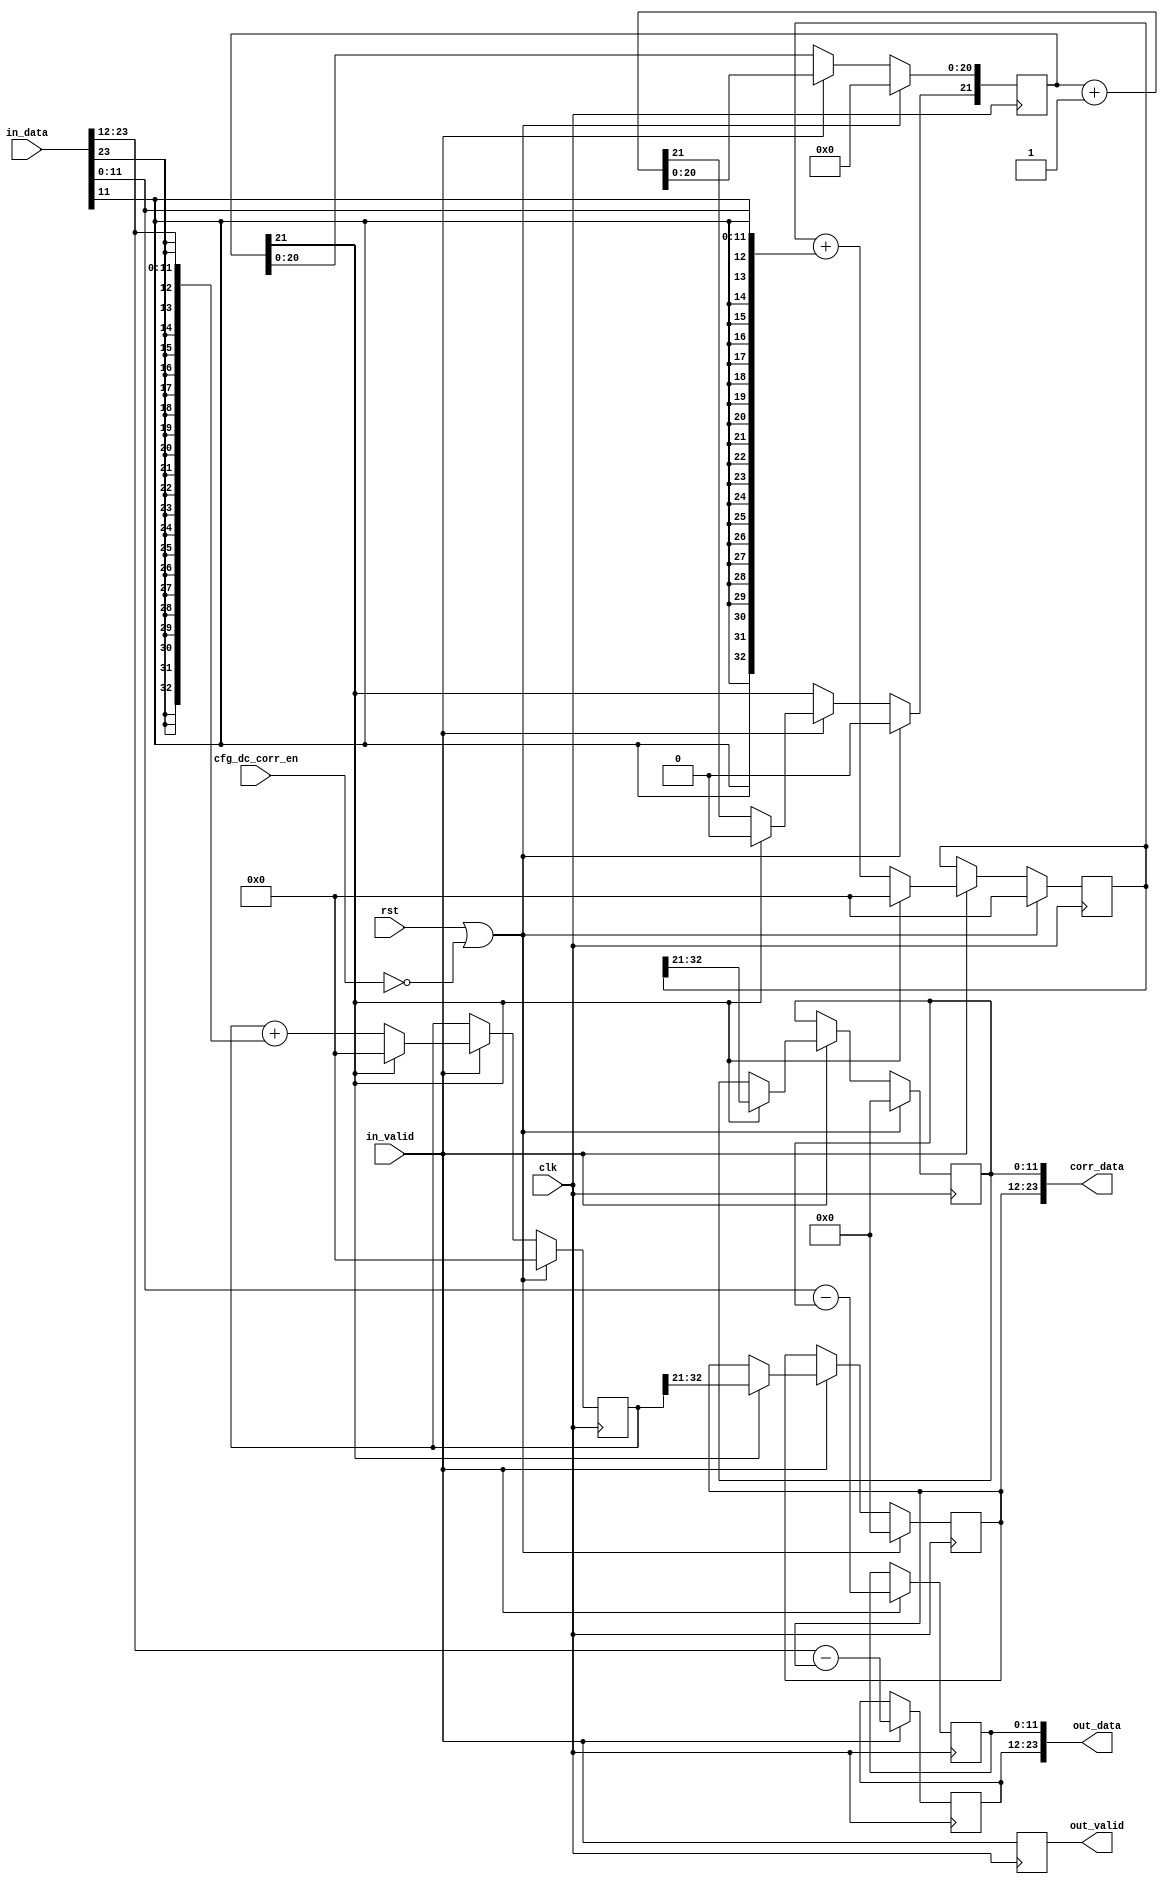
module dsp_dc_corr #(
    parameter AVG_BITS = 21,
    parameter CHANS    = 2,
    parameter WIDTH    = 12
)(
    input clk,
    input rst,

    input                            cfg_dc_corr_en,

    input [WIDTH * CHANS - 1:0]      in_data,
    input                            in_valid,

    output reg [WIDTH * CHANS - 1:0] out_data,
    output reg                       out_valid,

    output [WIDTH * CHANS - 1:0]     corr_data
);

reg [AVG_BITS:0]              wnd_counter;
wire                          wnd_update = wnd_counter[AVG_BITS];

always @(posedge clk) begin
    if (rst || !cfg_dc_corr_en) begin
        wnd_counter <= 0;
    end else if (in_valid) begin
        wnd_counter <= wnd_counter + 1'b1;
        if (wnd_counter[AVG_BITS]) begin
            wnd_counter[AVG_BITS] <= 1'b0;
        end
    end
end

always @(posedge clk) begin
    out_valid <= in_valid;
end

genvar i;
generate
for (i = 0; i < CHANS; i = i + 1) begin
    reg [WIDTH + AVG_BITS - 1:0] in_acc;
    reg [WIDTH - 1:0]            corr;
    wire [WIDTH - 1:0]           in_data_c    = in_data[WIDTH * (i + 1) - 1:WIDTH * i];
    wire                         in_sign      = in_data_c[WIDTH - 1];
    wire [WIDTH - 1:0]           in_acc_trunc = in_acc[WIDTH + AVG_BITS - 1:AVG_BITS];
    
    always @(posedge clk) begin
        if (rst || !cfg_dc_corr_en) begin
            in_acc <= 0;
            corr   <= 0;
        end else if (in_valid) begin
            in_acc <= in_acc + {{AVG_BITS{in_sign}}, in_data_c};
            if (wnd_update) begin
                in_acc <= 0;
                corr   <= in_acc_trunc;
            end
        end
    end
    
    always @(posedge clk) begin
        if (in_valid) begin 
            out_data[WIDTH * (i + 1) - 1:WIDTH * i]     <= in_data_c - corr;
        end
    end
    
    assign corr_data[WIDTH * (i + 1) - 1:WIDTH * i] = corr;
end
endgenerate


endmodule